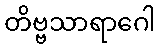
တိဗ္ဗသာရာဂေါ